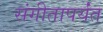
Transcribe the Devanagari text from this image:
संगीतापर्यंत